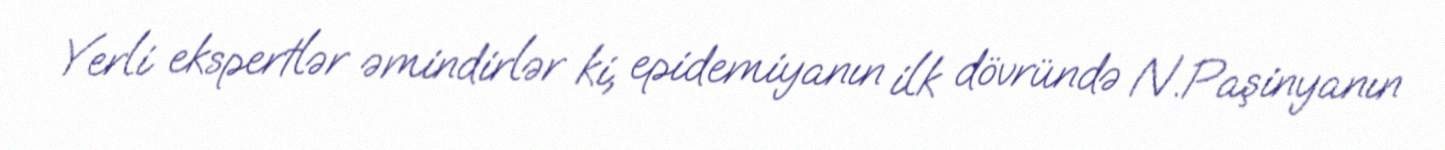
Yerli ekspertlər əmindirlər ki, epidemiyanın ilk dövründə N.Paşinyanın